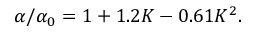
{ \alpha } / { \alpha _ { 0 } } = 1 + 1 . 2 K - 0 . 6 1 K ^ { 2 } .